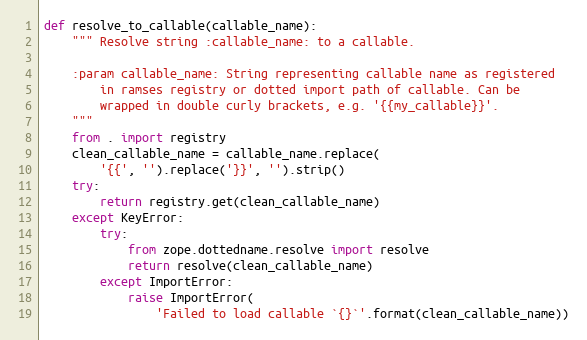
Language: Python
def resolve_to_callable(callable_name):
    """ Resolve string :callable_name: to a callable.

    :param callable_name: String representing callable name as registered
        in ramses registry or dotted import path of callable. Can be
        wrapped in double curly brackets, e.g. '{{my_callable}}'.
    """
    from . import registry
    clean_callable_name = callable_name.replace(
        '{{', '').replace('}}', '').strip()
    try:
        return registry.get(clean_callable_name)
    except KeyError:
        try:
            from zope.dottedname.resolve import resolve
            return resolve(clean_callable_name)
        except ImportError:
            raise ImportError(
                'Failed to load callable `{}`'.format(clean_callable_name))